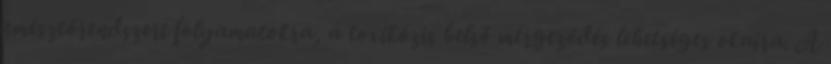
emésztőrendszeri folyamatokra, a toxikózis belső mérgeződés lehetséges okaira. A